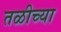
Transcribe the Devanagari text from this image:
तळीच्या